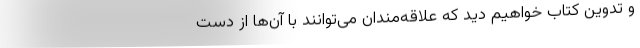
و تدوین کتاب خواهیم دید که علاقه‌مندان می‌توانند با آن‌ها از دست‌